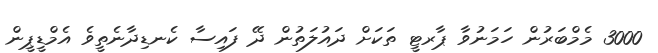
3000 މެމްބަރުން ހަމަނުވާ ޕާރޓީ ތަކަށް ދައުލަތުން ދޭ ފައިސާ ކެނޑިދާނެތީވެ އެމްޑީޕީން